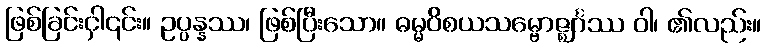
ဖြစ်ခြင်းငှါ၎င်း။ ဥပ္ပန္နဿ၊ ဖြစ်ပြီးသော။ ဓမ္မဝိစယသမ္ဗောဇ္ဈင်္ဂဿ ဝါ၊ ၏လည်း။